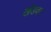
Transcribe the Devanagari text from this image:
खेडवर